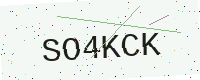
Text: SO4KCK